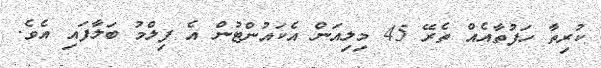
ކުރިތާ ހަފުތާއެއް ތެރޭ 45 މިލިއަން އެކައުންޓުން އެ ފިލްމު ބަލާފައި އެވެ.